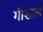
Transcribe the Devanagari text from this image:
गौशाले